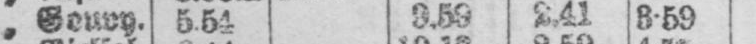
2.41 3.59